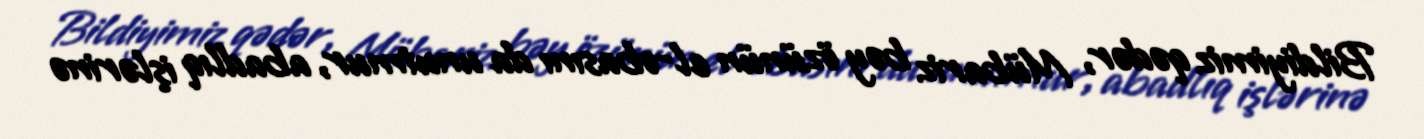
Bildiyimiz qədər, Mübariz bəy özünün el-obasını da unutmur, abadlıq işlərinə